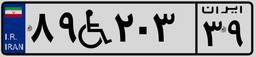
۸۹W۲۰۳۳۹